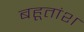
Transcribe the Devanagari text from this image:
बहूतांश